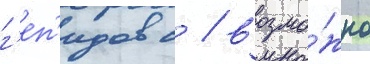
г'еп'идов с / возмо́жно